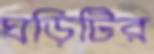
ঘড়িটির